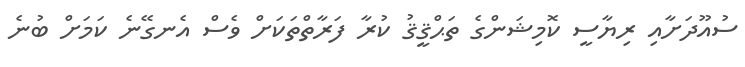
ސުއޫދަށާއި ރިޔާސީ ކޮމިޝަންގެ ތަޙްޤީޤު ކުރާ ފަރާތްތަކަށް ވެސް އެނގޭނެ ކަމަށް ބުނެ